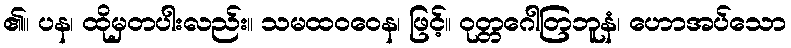
၏။ ပန၊ ထိုမှတပါးလည်း။ သမထဝဝေန၊ ဖြင့်။ ဝုတ္တဂေါတြဘူနံ၊ ဟောအပ်သော